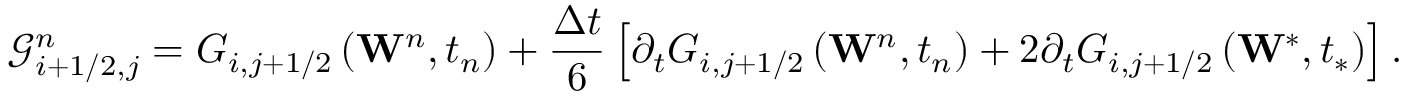
\mathcal { G } _ { i + 1 / 2 , j } ^ { n } = { { G } _ { i , j + 1 / 2 } } \left( { { \mathbf { W } } ^ { n } } , { { t } _ { n } } \right) + \frac { \Delta t } { 6 } \left[ { { \partial } _ { t } } { { G } _ { i , j + 1 / 2 } } \left( { { \mathbf { W } } ^ { n } } , { { t } _ { n } } \right) + 2 { { \partial } _ { t } } { { G } _ { i , j + 1 / 2 } } \left( { { \mathbf { W } } ^ { * } } , { { t } _ { * } } \right) \right] .